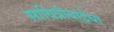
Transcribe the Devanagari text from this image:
सावित्रीबाईचा